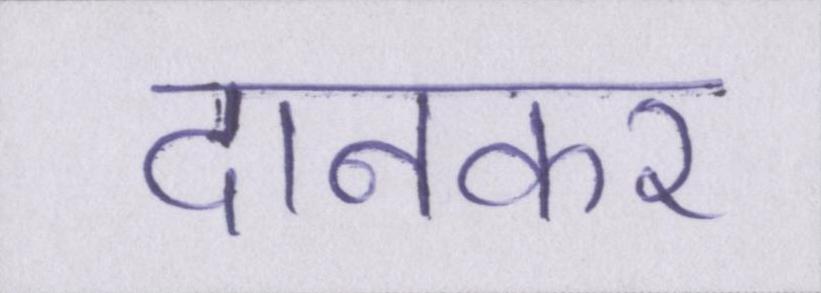
दानकर